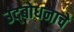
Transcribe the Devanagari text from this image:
उद्‌बोधनाचे